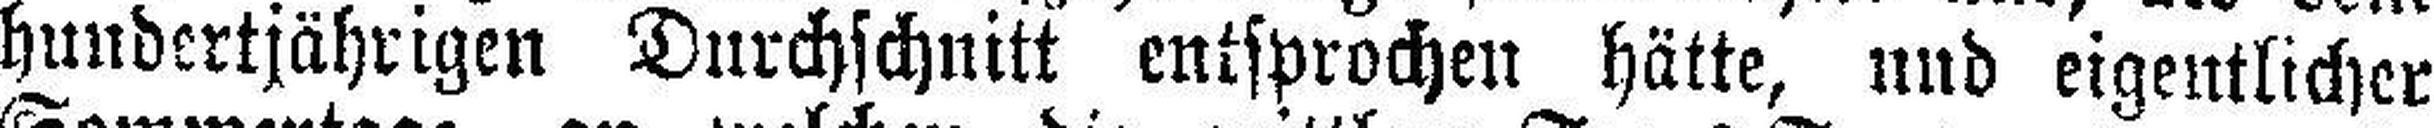
hundertjährigen Durchschnitt entsprochen hätte, und eigentlicher